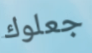
جعلوك